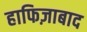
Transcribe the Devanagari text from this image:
हाफिज़ाबाद